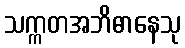
သက္ကတအဘိဓာနေသု